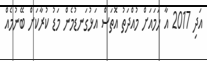
އަދި 2017 އާ ހަމައަށް މުއްދަތު އޮތަސް އަޅުގަނޑުމެން މަޑު ކުރާކަށް ބޭނުމެއް